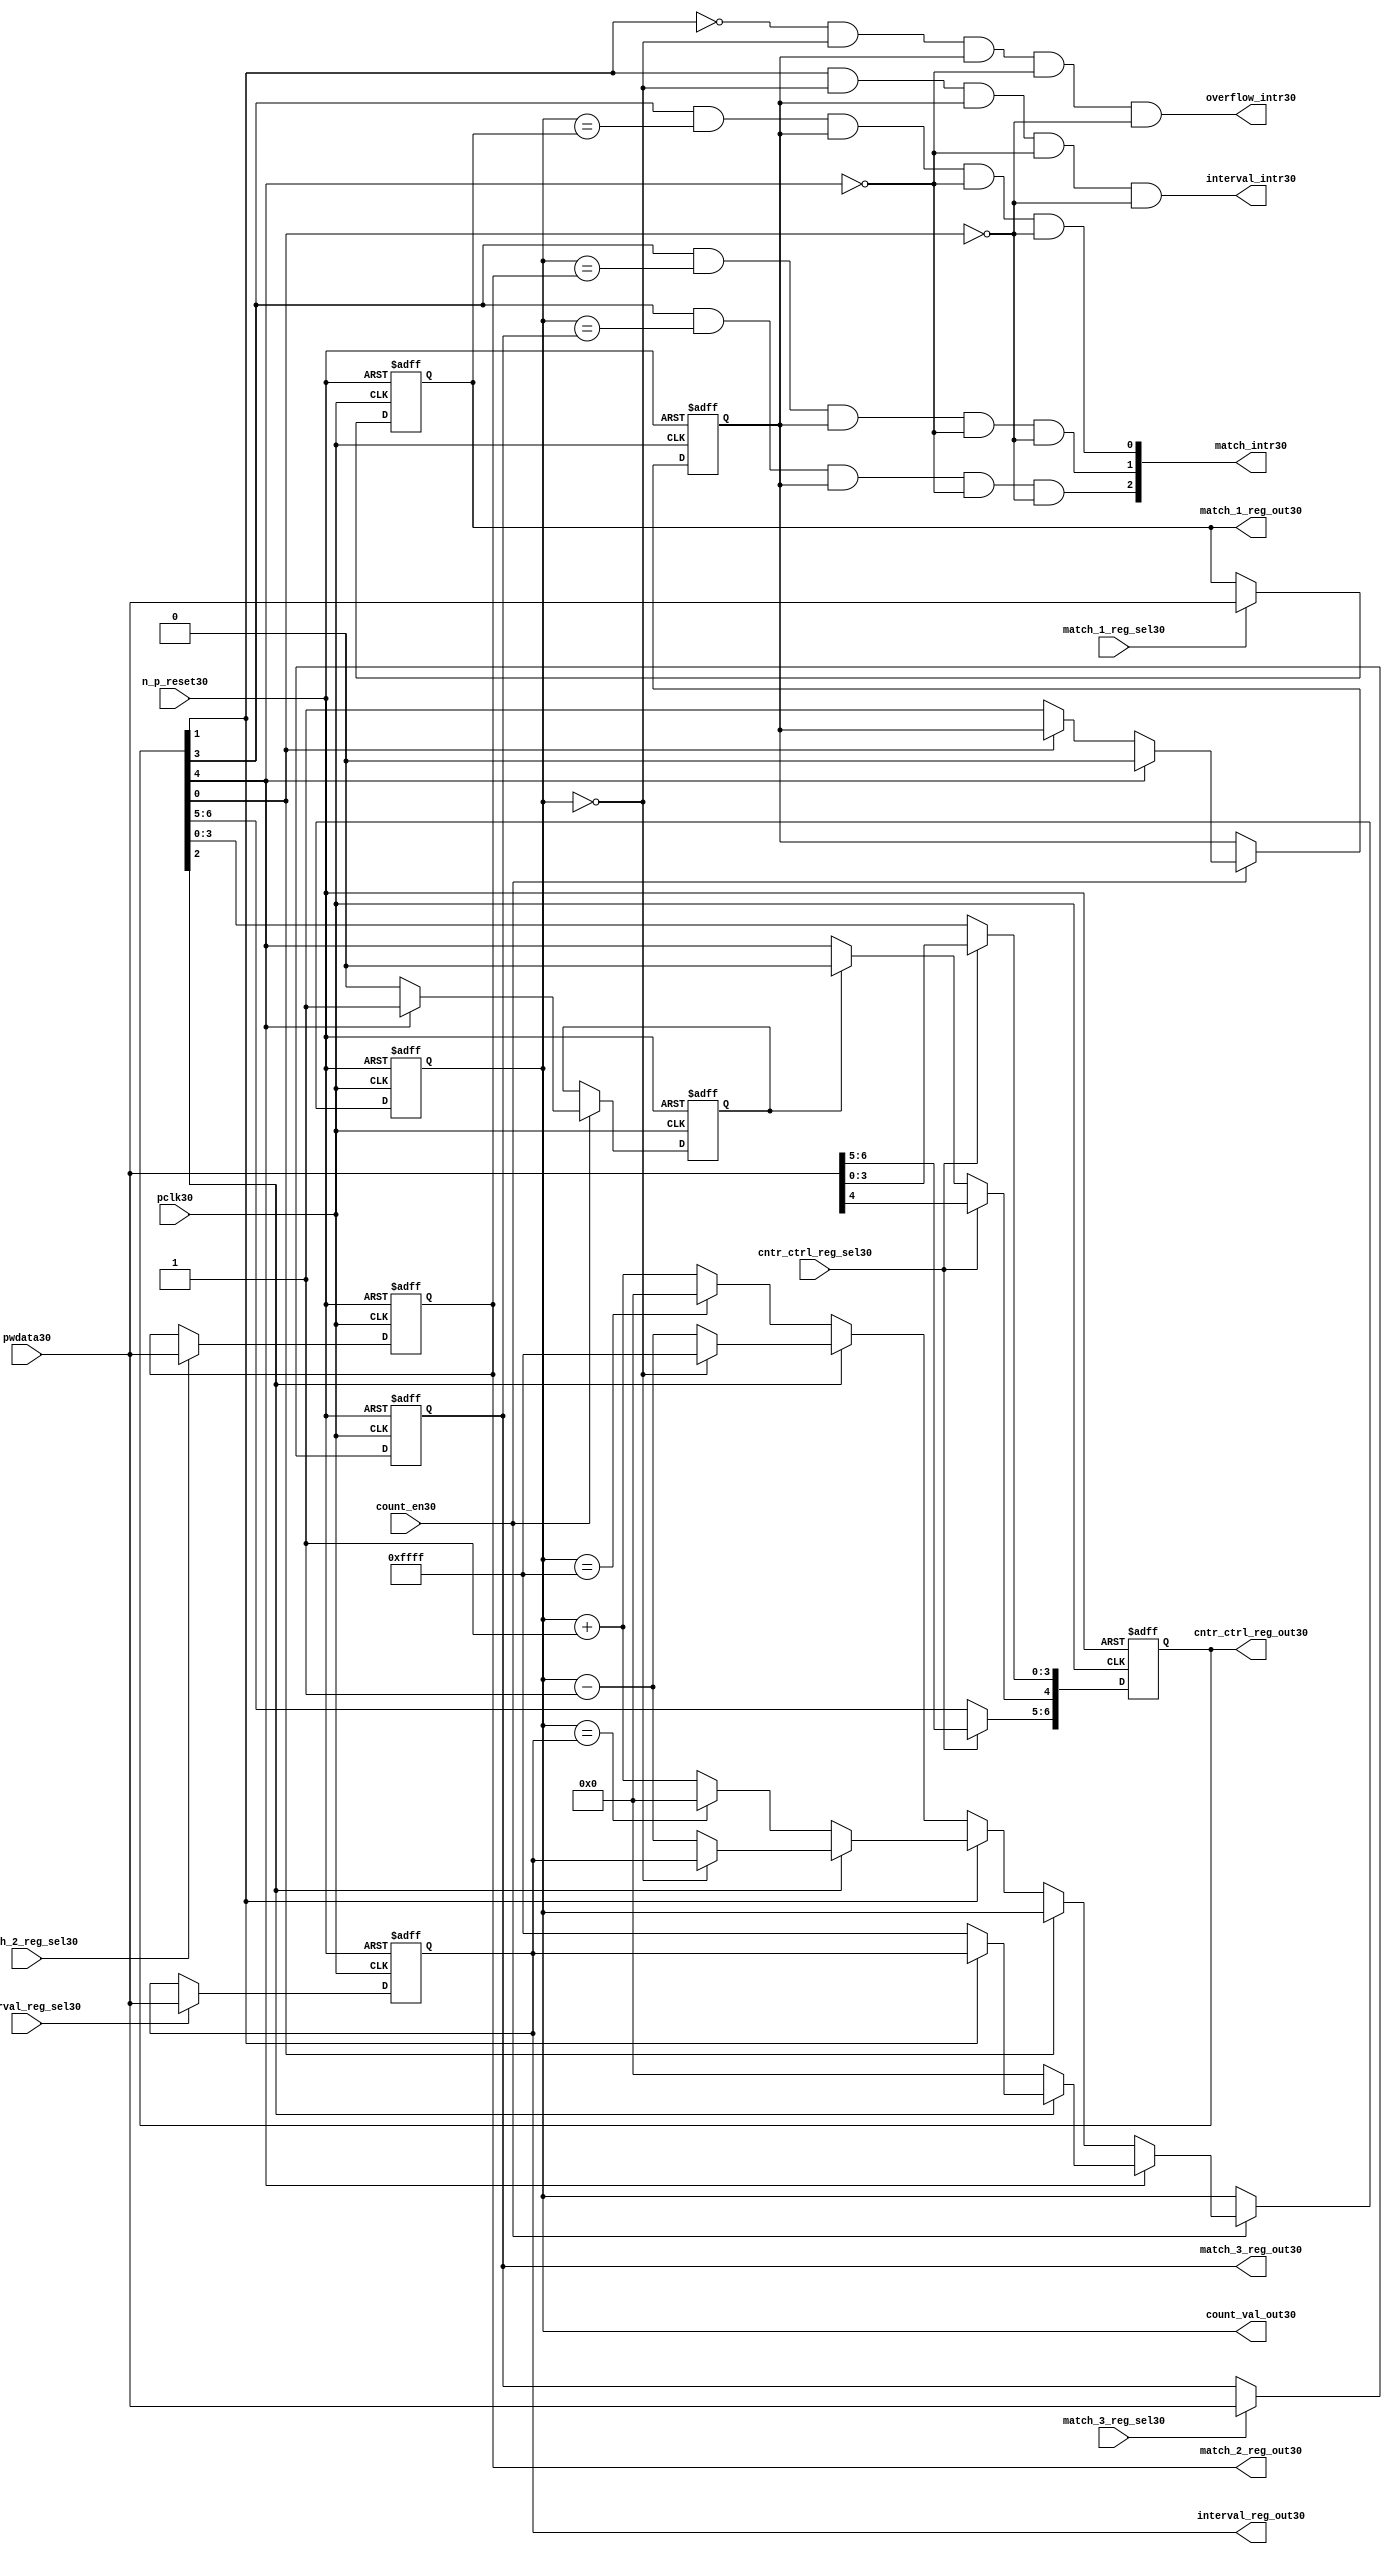
//File30 name   : ttc_counter_lite30.v
//Title30       : 
//Created30     : 1999
//Description30 :The counter can increment and decrement.
//   In increment mode instead of counting30 to its full 16 bit
//   value the counter counts30 up to or down from a programmed30 interval30 value.
//   Interrupts30 are issued30 when the counter overflows30 or reaches30 it's interval30
//   value. In match mode if the count value equals30 that stored30 in one of three30
//   match registers an interrupt30 is issued30.
//Notes30       : 
//----------------------------------------------------------------------
//   Copyright30 1999-2010 Cadence30 Design30 Systems30, Inc30.
//   All Rights30 Reserved30 Worldwide30
//
//   Licensed30 under the Apache30 License30, Version30 2.0 (the
//   "License30"); you may not use this file except30 in
//   compliance30 with the License30.  You may obtain30 a copy of
//   the License30 at
//
//       http30://www30.apache30.org30/licenses30/LICENSE30-2.0
//
//   Unless30 required30 by applicable30 law30 or agreed30 to in
//   writing, software30 distributed30 under the License30 is
//   distributed30 on an "AS30 IS30" BASIS30, WITHOUT30 WARRANTIES30 OR30
//   CONDITIONS30 OF30 ANY30 KIND30, either30 express30 or implied30.  See
//   the License30 for the specific30 language30 governing30
//   permissions30 and limitations30 under the License30.
//----------------------------------------------------------------------
//


module ttc_counter_lite30(

  //inputs30
  n_p_reset30,    
  pclk30,          
  pwdata30,              
  count_en30,
  cntr_ctrl_reg_sel30, 
  interval_reg_sel30,
  match_1_reg_sel30,
  match_2_reg_sel30,
  match_3_reg_sel30,         

  //outputs30    
  count_val_out30,
  cntr_ctrl_reg_out30,
  interval_reg_out30,
  match_1_reg_out30,
  match_2_reg_out30,
  match_3_reg_out30,
  interval_intr30,
  match_intr30,
  overflow_intr30

);


//--------------------------------------------------------------------
// PORT DECLARATIONS30
//--------------------------------------------------------------------

   //inputs30
   input          n_p_reset30;         //reset signal30
   input          pclk30;              //System30 Clock30
   input [15:0]   pwdata30;            //6 Bit30 data signal30
   input          count_en30;          //Count30 enable signal30
   input          cntr_ctrl_reg_sel30; //Select30 bit for ctrl_reg30
   input          interval_reg_sel30;  //Interval30 Select30 Register
   input          match_1_reg_sel30;   //Match30 1 Select30 register
   input          match_2_reg_sel30;   //Match30 2 Select30 register
   input          match_3_reg_sel30;   //Match30 3 Select30 register

   //outputs30
   output [15:0]  count_val_out30;        //Value for counter reg
   output [6:0]   cntr_ctrl_reg_out30;    //Counter30 control30 reg select30
   output [15:0]  interval_reg_out30;     //Interval30 reg
   output [15:0]  match_1_reg_out30;      //Match30 1 register
   output [15:0]  match_2_reg_out30;      //Match30 2 register
   output [15:0]  match_3_reg_out30;      //Match30 3 register
   output         interval_intr30;        //Interval30 interrupt30
   output [3:1]   match_intr30;           //Match30 interrupt30
   output         overflow_intr30;        //Overflow30 interrupt30

//--------------------------------------------------------------------
// Internal Signals30 & Registers30
//--------------------------------------------------------------------

   reg [6:0]      cntr_ctrl_reg30;     // 5-bit Counter30 Control30 Register
   reg [15:0]     interval_reg30;      //16-bit Interval30 Register 
   reg [15:0]     match_1_reg30;       //16-bit Match_130 Register
   reg [15:0]     match_2_reg30;       //16-bit Match_230 Register
   reg [15:0]     match_3_reg30;       //16-bit Match_330 Register
   reg [15:0]     count_val30;         //16-bit counter value register
                                                                      
   
   reg            counting30;          //counter has starting counting30
   reg            restart_temp30;   //ensures30 soft30 reset lasts30 1 cycle    
   
   wire [6:0]     cntr_ctrl_reg_out30; //7-bit Counter30 Control30 Register
   wire [15:0]    interval_reg_out30;  //16-bit Interval30 Register 
   wire [15:0]    match_1_reg_out30;   //16-bit Match_130 Register
   wire [15:0]    match_2_reg_out30;   //16-bit Match_230 Register
   wire [15:0]    match_3_reg_out30;   //16-bit Match_330 Register
   wire [15:0]    count_val_out30;     //16-bit counter value register

//-------------------------------------------------------------------
// Assign30 output wires30
//-------------------------------------------------------------------

   assign cntr_ctrl_reg_out30 = cntr_ctrl_reg30;    // 7-bit Counter30 Control30
   assign interval_reg_out30  = interval_reg30;     // 16-bit Interval30
   assign match_1_reg_out30   = match_1_reg30;      // 16-bit Match_130
   assign match_2_reg_out30   = match_2_reg30;      // 16-bit Match_230 
   assign match_3_reg_out30   = match_3_reg30;      // 16-bit Match_330 
   assign count_val_out30     = count_val30;        // 16-bit counter value
   
//--------------------------------------------------------------------
// Assigning30 interrupts30
//--------------------------------------------------------------------

   assign interval_intr30 =  cntr_ctrl_reg30[1] & (count_val30 == 16'h0000)
      & (counting30) & ~cntr_ctrl_reg30[4] & ~cntr_ctrl_reg30[0];
   assign overflow_intr30 = ~cntr_ctrl_reg30[1] & (count_val30 == 16'h0000)
      & (counting30) & ~cntr_ctrl_reg30[4] & ~cntr_ctrl_reg30[0];
   assign match_intr30[1]  =  cntr_ctrl_reg30[3] & (count_val30 == match_1_reg30)
      & (counting30) & ~cntr_ctrl_reg30[4] & ~cntr_ctrl_reg30[0];
   assign match_intr30[2]  =  cntr_ctrl_reg30[3] & (count_val30 == match_2_reg30)
      & (counting30) & ~cntr_ctrl_reg30[4] & ~cntr_ctrl_reg30[0];
   assign match_intr30[3]  =  cntr_ctrl_reg30[3] & (count_val30 == match_3_reg30)
      & (counting30) & ~cntr_ctrl_reg30[4] & ~cntr_ctrl_reg30[0];


//    p_reg_ctrl30: Process30 to write to the counter control30 registers
//    cntr_ctrl_reg30 decode:  0 - Counter30 Enable30 Active30 Low30
//                           1 - Interval30 Mode30 =1, Overflow30 =0
//                           2 - Decrement30 Mode30
//                           3 - Match30 Mode30
//                           4 - Restart30
//                           5 - Waveform30 enable active low30
//                           6 - Waveform30 polarity30
   
   always @ (posedge pclk30 or negedge n_p_reset30)
   begin: p_reg_ctrl30  // Register writes
      
      if (!n_p_reset30)                                   
      begin                                     
         cntr_ctrl_reg30 <= 7'b0000001;
         interval_reg30  <= 16'h0000;
         match_1_reg30   <= 16'h0000;
         match_2_reg30   <= 16'h0000;
         match_3_reg30   <= 16'h0000;  
      end    
      else 
      begin
         if (cntr_ctrl_reg_sel30)
            cntr_ctrl_reg30 <= pwdata30[6:0];
         else if (restart_temp30)
            cntr_ctrl_reg30[4]  <= 1'b0;    
         else 
            cntr_ctrl_reg30 <= cntr_ctrl_reg30;             

         interval_reg30  <= (interval_reg_sel30) ? pwdata30 : interval_reg30;
         match_1_reg30   <= (match_1_reg_sel30)  ? pwdata30 : match_1_reg30;
         match_2_reg30   <= (match_2_reg_sel30)  ? pwdata30 : match_2_reg30;
         match_3_reg30   <= (match_3_reg_sel30)  ? pwdata30 : match_3_reg30;   
      end
      
   end  //p_reg_ctrl30

   
//    p_cntr30: Process30 to increment or decrement the counter on receiving30 a 
//            count_en30 signal30 from the pre_scaler30. Count30 can be restarted30
//            or disabled and can overflow30 at a specified interval30 value.
   
   
   always @ (posedge pclk30 or negedge n_p_reset30)
   begin: p_cntr30   // Counter30 block

      if (!n_p_reset30)     //System30 Reset30
      begin                     
         count_val30 <= 16'h0000;
         counting30  <= 1'b0;
         restart_temp30 <= 1'b0;
      end
      else if (count_en30)
      begin
         
         if (cntr_ctrl_reg30[4])     //Restart30
         begin     
            if (~cntr_ctrl_reg30[2])  
               count_val30         <= 16'h0000;
            else
            begin
              if (cntr_ctrl_reg30[1])
                 count_val30         <= interval_reg30;     
              else
                 count_val30         <= 16'hFFFF;     
            end
            counting30       <= 1'b0;
            restart_temp30   <= 1'b1;

         end
         else 
         begin
            if (!cntr_ctrl_reg30[0])          //Low30 Active30 Counter30 Enable30
            begin

               if (cntr_ctrl_reg30[1])  //Interval30               
                  if (cntr_ctrl_reg30[2])  //Decrement30        
                  begin
                     if (count_val30 == 16'h0000)
                        count_val30 <= interval_reg30;  //Assumed30 Static30
                     else
                        count_val30 <= count_val30 - 16'h0001;
                  end
                  else                   //Increment30
                  begin
                     if (count_val30 == interval_reg30)
                        count_val30 <= 16'h0000;
                     else           
                        count_val30 <= count_val30 + 16'h0001;
                  end
               else    
               begin  //Overflow30
                  if (cntr_ctrl_reg30[2])   //Decrement30
                  begin
                     if (count_val30 == 16'h0000)
                        count_val30 <= 16'hFFFF;
                     else           
                        count_val30 <= count_val30 - 16'h0001;
                  end
                  else                    //Increment30
                  begin
                     if (count_val30 == 16'hFFFF)
                        count_val30 <= 16'h0000;
                     else           
                        count_val30 <= count_val30 + 16'h0001;
                  end 
               end
               counting30  <= 1'b1;
            end     
            else
               count_val30 <= count_val30;   //Disabled30
   
            restart_temp30 <= 1'b0;
      
         end
     
      end // if (count_en30)

      else
      begin
         count_val30    <= count_val30;
         counting30     <= counting30;
         restart_temp30 <= restart_temp30;               
      end
     
   end  //p_cntr30

endmodule